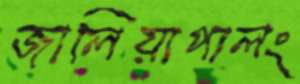
জালিয়াপালং